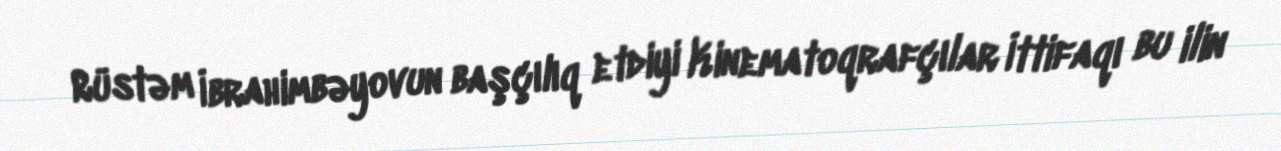
Rüstəm İbrahimbəyovun başçılıq etdiyi Kinematoqrafçılar İttifaqı bu ilin